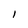
Character: 1